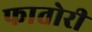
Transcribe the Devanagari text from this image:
फातोरी